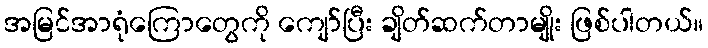
အမြင်အာရုံကြောတွေကို ကျော်ပြီး ချိတ်ဆက်တာမျိုး ဖြစ်ပါတယ်။